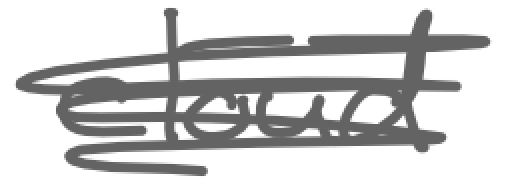
Text: cloud
Cross-out: scratch
Writing tool: digital_gray